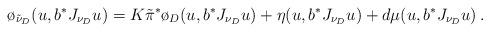
LaTeX: \begin{align*} \o_{\tilde \nu_D}(u,b^*J_{\nu_D} u) =K \tilde \pi^* \o_D(u,b^*J_{\nu_D} u) + \eta(u,b^*J_{\nu_D} u) + d \mu (u,b^*J_{\nu_D} u) \, .\end{align*}